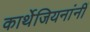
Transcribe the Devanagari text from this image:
कार्थेजियनांनीं